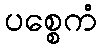
ပစ္စေကံ